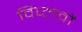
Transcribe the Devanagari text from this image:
विप्लवों